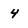
Character: 4